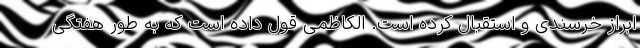
ابراز خرسندی و استقبال کرده است. الکاظمی قول داده است که به طور هفتگی